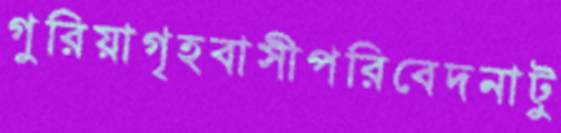
গুরিয়াগৃহবাসীপরিবেদনাটু